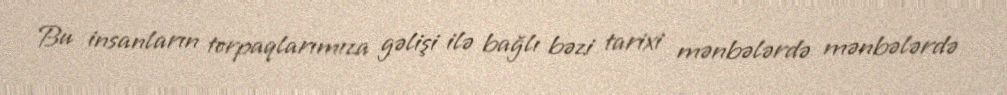
Bu insanların torpaqlarımıza gəlişi ilə bağlı bəzi tarixi mənbələrdə mənbələrdə